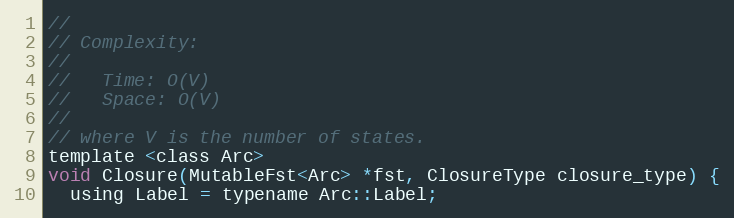
Language: C
//
// Complexity:
//
//   Time: O(V)
//   Space: O(V)
//
// where V is the number of states.
template <class Arc>
void Closure(MutableFst<Arc> *fst, ClosureType closure_type) {
  using Label = typename Arc::Label;